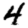
Digit: 4